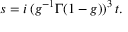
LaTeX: s = i \, ( g ^ { - 1 } \Gamma ( 1 - g ) ) ^ { 3 } \, t .